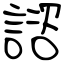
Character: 諮